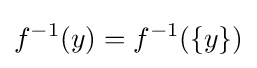
f^{-1}(y)=f^{-1}(\{y\})